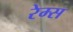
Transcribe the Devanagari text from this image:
रेम्स